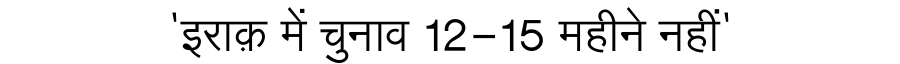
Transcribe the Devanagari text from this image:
'इराक़ में चुनाव 12-15 महीने नहीं'